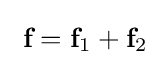
\ {\textbf {f}}={\textbf {f}}_{1}+{\textbf {f}}_{2}